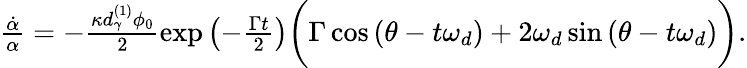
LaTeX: \begin{array}{r}{\frac{\dot{\alpha}}{\alpha}=-\frac{\kappa d_{\gamma}^{(1)}\phi_{0}}{2}\exp{\left(-\frac{\Gamma t}{2}\right)}\bigg(\Gamma\cos\left(\theta-t\omega_{d}\right)+2\omega_{d}\sin\left(\theta-t\omega_{d}\right)\bigg).}\end{array}